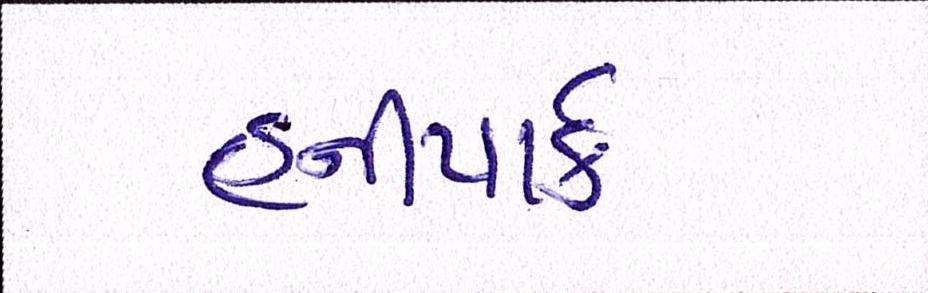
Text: હનીપાર્ક